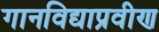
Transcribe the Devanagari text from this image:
गानविद्याप्रवीण